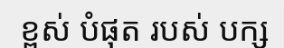
ខ្ពស់ បំផុត របស់ បក្ស